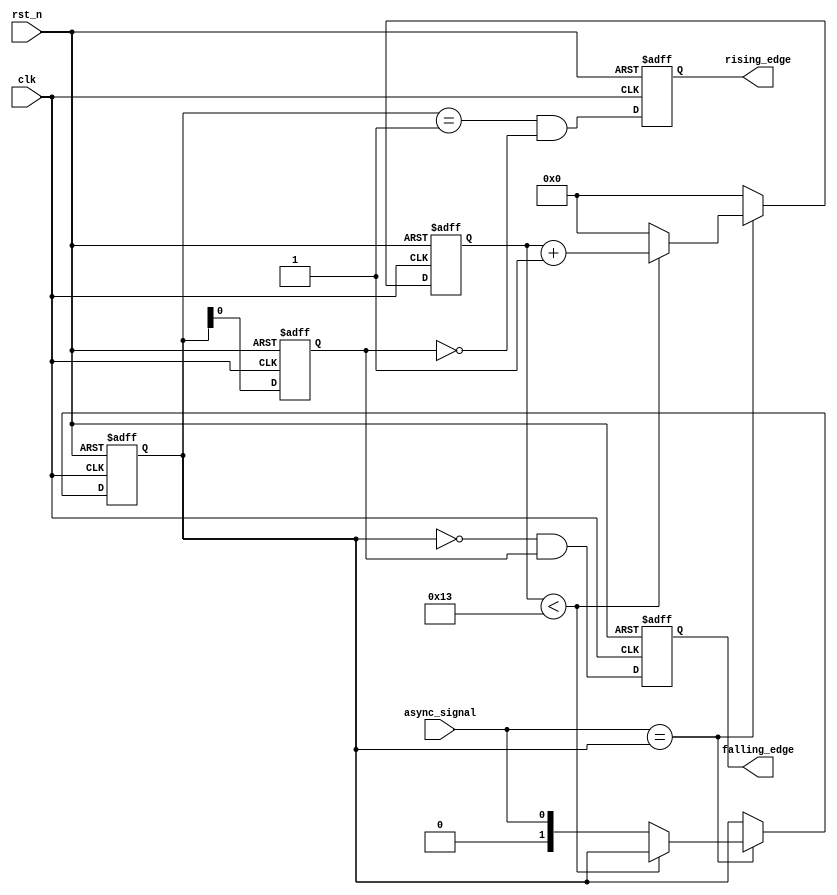
module debounced_edge_detector (
    input wire clk,             // Clock input
    input wire rst_n,           // Active low reset
    input wire async_signal,     // Asynchronous input signal (e.g., from a switch)
    output reg rising_edge,      // Rising edge detected output
    output reg falling_edge      // Falling edge detected output
);

    // Parameter for debounce duration (in clock cycles)
    parameter DEBOUNCE_TIME = 20;

    // State registers
    reg [1:0] current_state;     // Current stable state (00: low, 01: high)
    reg [1:0] next_state;        // Next stable state
    reg [4:0] debounce_counter;   // Debounce counter

    // State definitions
    localparam LOW = 1'b0;
    localparam HIGH = 1'b1;

    // Edge detection registers
    reg prev_stable_state;       // Previous stable state for edge detection

    // FSM for debouncing logic
    always @(posedge clk or negedge rst_n) begin
        if (!rst_n) begin
            current_state <= LOW;
            debounce_counter <= 0;
            rising_edge <= 0;
            falling_edge <= 0;
            prev_stable_state <= LOW;
        end else begin
            // Check if the input signal is stable
            if (async_signal == current_state) begin
                if (debounce_counter < DEBOUNCE_TIME - 1) begin
                    debounce_counter <= debounce_counter + 1;
                end else begin
                    // Update the stable state only if the debounce time has elapsed
                    current_state <= async_signal;
                    debounce_counter <= 0;
                end
            end else begin
                // Reset the debounce counter if the input changes
                debounce_counter <= 0;
            end
            
            // Edge Detection Logic
            rising_edge <= (current_state == HIGH && prev_stable_state == LOW);
            falling_edge <= (current_state == LOW && prev_stable_state == HIGH);

            // Update previous state for next cycle
            prev_stable_state <= current_state;
        end
    end

endmodule